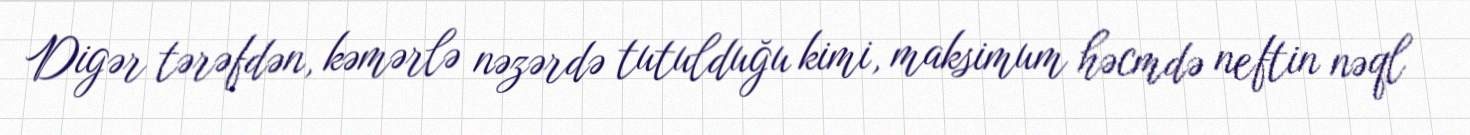
Digər tərəfdən, kəmərlə nəzərdə tutulduğu kimi, maksimum həcmdə neftin nəql